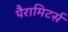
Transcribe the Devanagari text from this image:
पैरामिटर्स